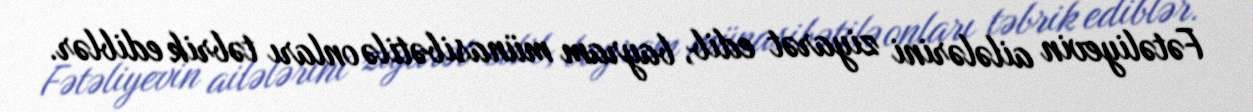
Fətəliyevin ailələrini ziyarət edib, bayram münasibətilə onları təbrik ediblər.